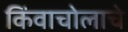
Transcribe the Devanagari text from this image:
किंवाचोलाचे